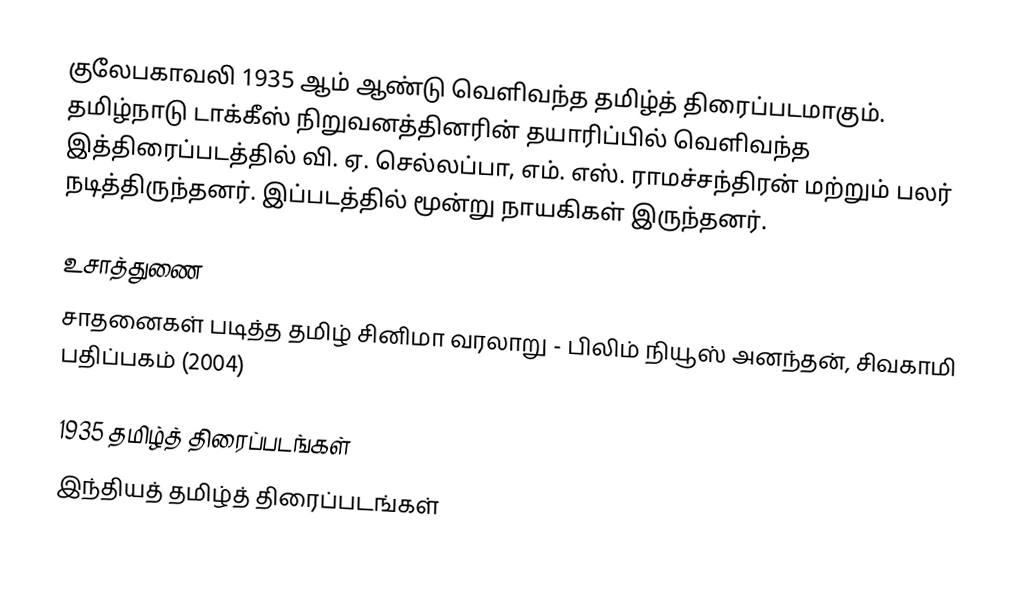
குலேபகாவலி 1935 ஆம் ஆண்டு வெளிவந்த தமிழ்த் திரைப்படமாகும். தமிழ்நாடு டாக்கீஸ் நிறுவனத்தினரின் தயாரிப்பில் வெளிவந்த இத்திரைப்படத்தில் வி. ஏ. செல்லப்பா, எம். எஸ். ராமச்சந்திரன் மற்றும் பலர் நடித்திருந்தனர். இப்படத்தில் மூன்று நாயகிகள் இருந்தனர்.

உசாத்துணை
சாதனைகள் படித்த தமிழ் சினிமா வரலாறு - பிலிம் நியூஸ் அனந்தன், சிவகாமி பதிப்பகம் (2004)

1935 தமிழ்த் திரைப்படங்கள்
இந்தியத் தமிழ்த் திரைப்படங்கள்